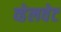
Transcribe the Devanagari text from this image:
व्हेलवेट